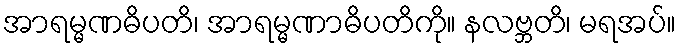
အာရမ္မဏဓိပတိ၊ အာရမ္မဏာဓိပတိကို။ နလဗ္ဘတိ၊ မရအပ်။